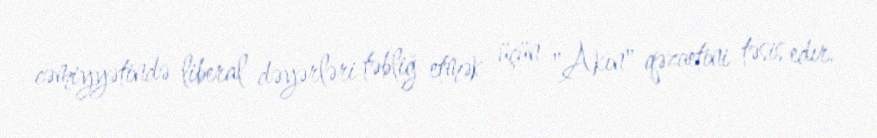
cəmiyyətində liberal dəyərləri təbliğ etmək üçün "Akın" qəzaetini təsis edir.